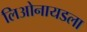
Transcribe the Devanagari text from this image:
लिओनायडला